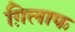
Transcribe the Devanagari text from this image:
ग़िलाफ